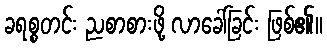
ခရစ္စတင်း ညစာစားဖို့ လာခေါ်ခြင်း ဖြစ်၏။